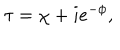
LaTeX: \tau = \chi + i e ^ { - \phi } ,